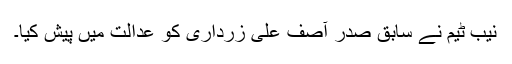
نیب ٹیم نے سابق صدر آصف علی زرداری کو عدالت میں پیش کیا۔